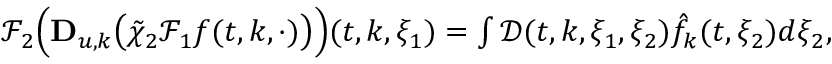
\begin{array} { r } { \mathcal { F } _ { 2 } \Big ( \mathbf { D } _ { u , k } \big ( \tilde { \chi } _ { 2 } \mathcal { F } _ { 1 } f ( t , k , \cdot ) \big ) \Big ) ( t , k , \xi _ { 1 } ) = \int \mathcal { D } ( t , k , \xi _ { 1 } , \xi _ { 2 } ) \hat { f } _ { k } ( t , \xi _ { 2 } ) d \xi _ { 2 } , } \end{array}